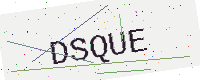
Text: DSQUE